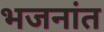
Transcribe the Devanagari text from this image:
भजनांत